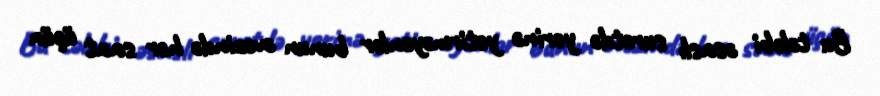
Bu tələbi əsaslı surətdə yerinə yetirməyənlər bunun əvəzində hər saat üçün